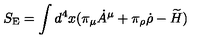
S _ { \mathrm { E } } = \int d ^ { 4 } x ( \pi _ { \mu } \dot { A } ^ { \mu } + \pi _ { \rho } \dot { \rho } - \widetilde { H } )